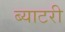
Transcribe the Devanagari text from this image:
ब्याटरी